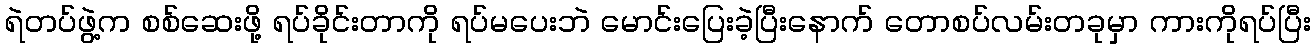
ရဲတပ်ဖွဲ့က စစ်ဆေးဖို့ ရပ်ခိုင်းတာကို ရပ်မပေးဘဲ မောင်းပြေးခဲ့ပြီးနောက် တောစပ်လမ်းတခုမှာ ကားကိုရပ်ပြီး